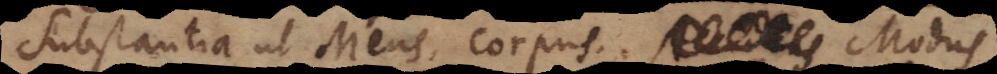
Substantia ut Mens, corpus. Accidens